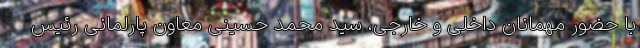
با حضور مهمانان داخلی و خارجی، سید محمد حسینی معاون پارلمانی رئیس